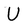
Character: U